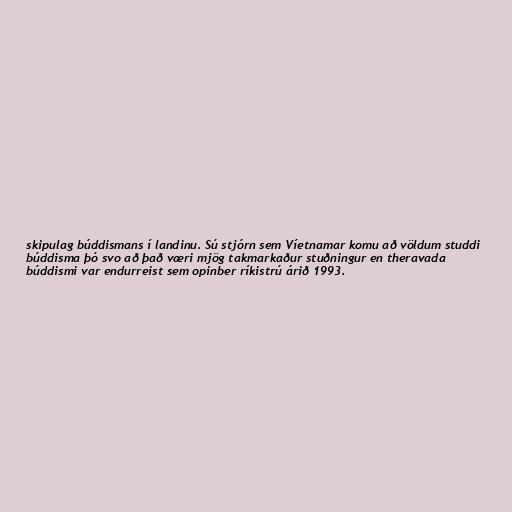
skipulag búddismans í landinu. Sú stjórn sem Víetnamar komu að völdum studdi
búddisma þó svo að það væri mjög takmarkaður stuðningur en theravada
búddismi var endurreist sem opinber ríkistrú árið 1993.